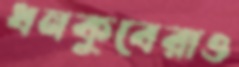
ধনকুবেরাও